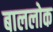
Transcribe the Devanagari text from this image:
बाललोक